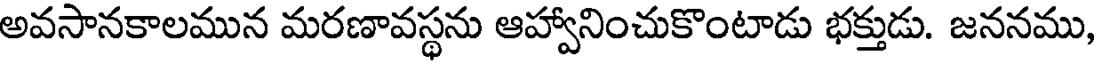
అవసానకాలమున మరణావస్థను ఆహ్వానించుకొంటాడు భక్తుడు. జననము,